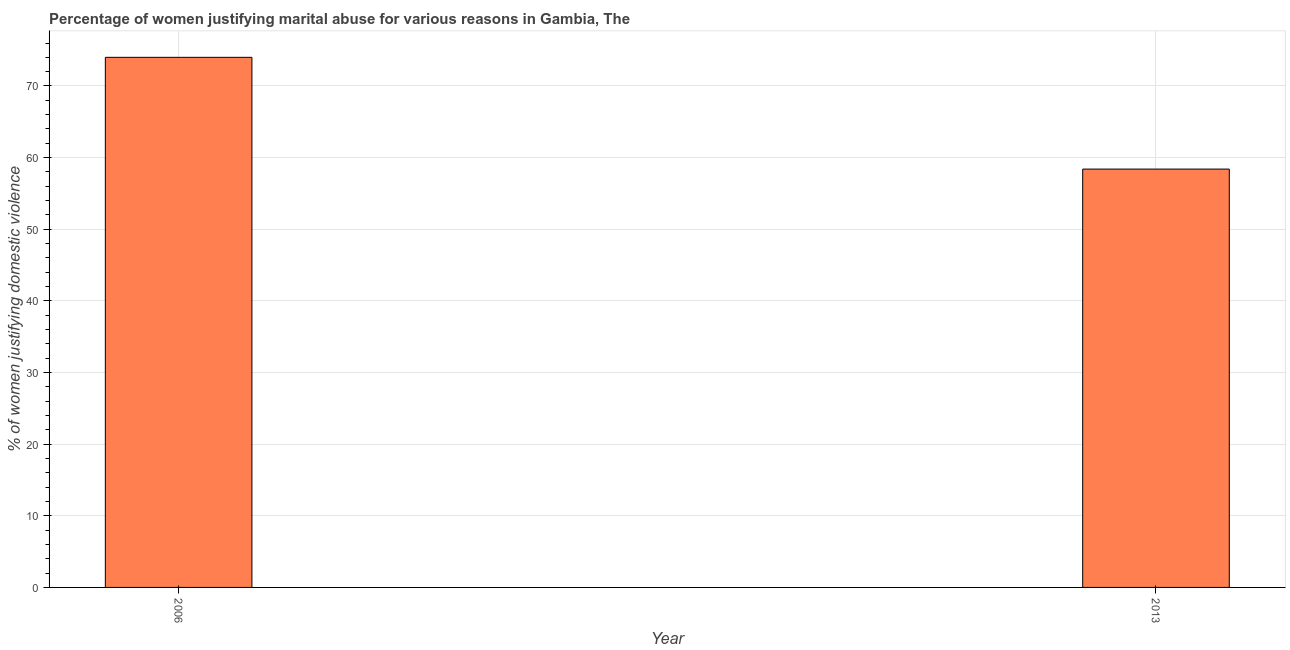
| Year | Physical abuse |
 | --- | --- |
 | 2006 | 74 |
 | 2013 | 58.4 |